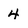
Character: 4